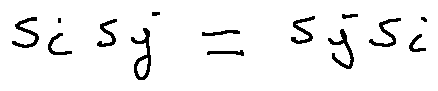
s _ { i } s _ { j } = s _ { j } s _ { i }